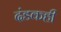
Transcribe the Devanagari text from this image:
दंडकही